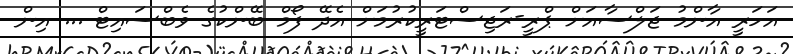
އަހަރީ އާންމު ޖަލްސާއަށް ޕްރީ-ރަޖިސްޓަރީކުރުމަށް އެދޭ ފޯމް ބޭންކުގެ ވެބްސައިޓް ... އިން